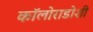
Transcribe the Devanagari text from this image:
कॉलोराडोशी